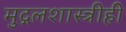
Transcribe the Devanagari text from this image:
मुद्गलशास्त्रीही